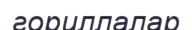
гориллалар